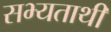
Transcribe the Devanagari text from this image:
सभ्यताथी